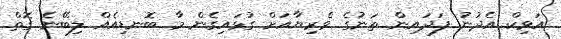
އަވިކް އެދުނު ފަދައިން ތަނުގެ ވެރިޔާއަށް ގުޅައިގެން މާ ބޮނޑިއެއް ލިބޭނެ ގޮތް